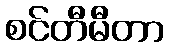
စင်တီမီတာ